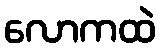
လောကထဲ